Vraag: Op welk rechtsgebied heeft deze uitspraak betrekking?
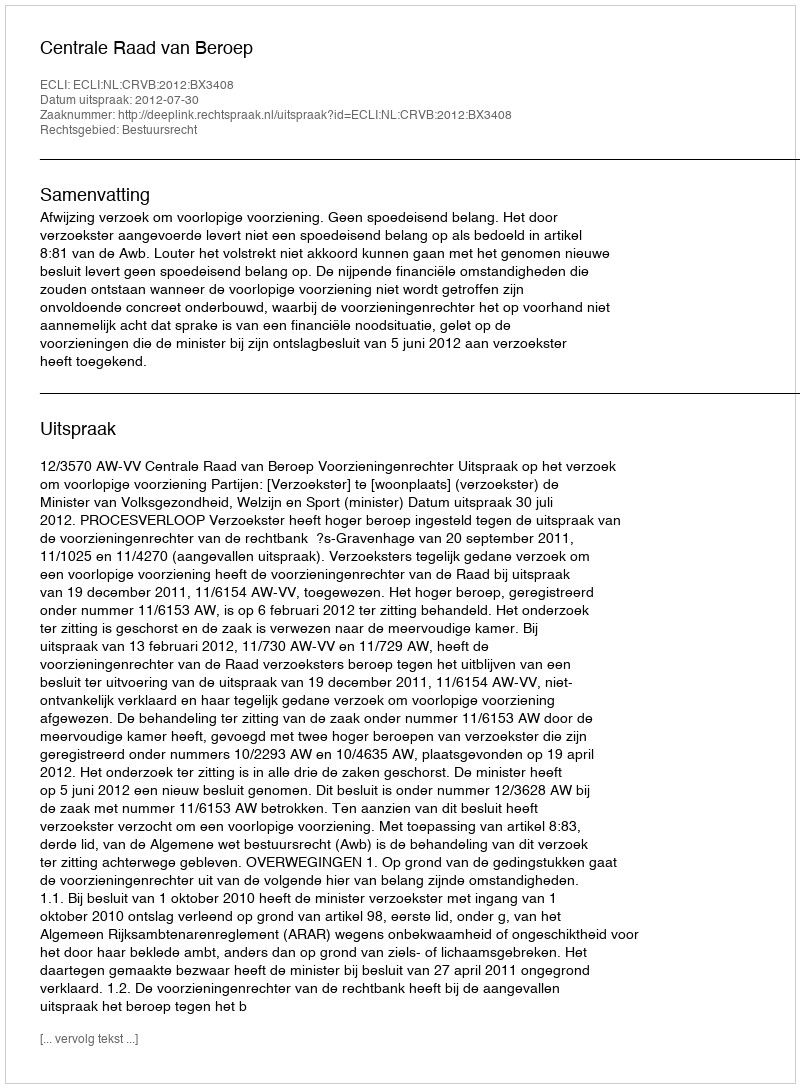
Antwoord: Bestuursrecht